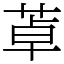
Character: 䓬